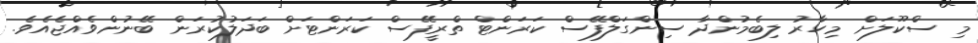
މި ސްކޫލަށް މިހާރު ލިބެމުންދާ ސިންގަލްފޭސް ކަރަންޓް ތްރީފޭސް ކަރަންޓަށް ބަދަލުކުރަން ބޭނުންވެއްޖެއެވެ.